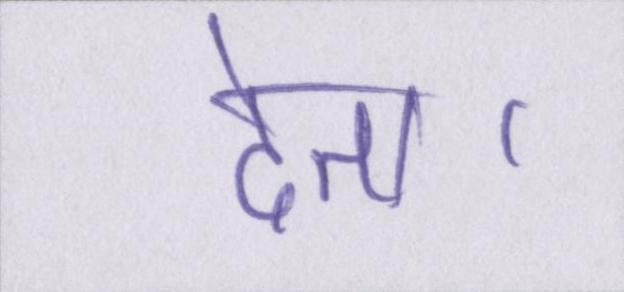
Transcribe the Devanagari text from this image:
देता।